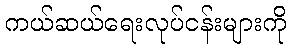
ကယ်ဆယ်ရေးလုပ်ငန်းများကို